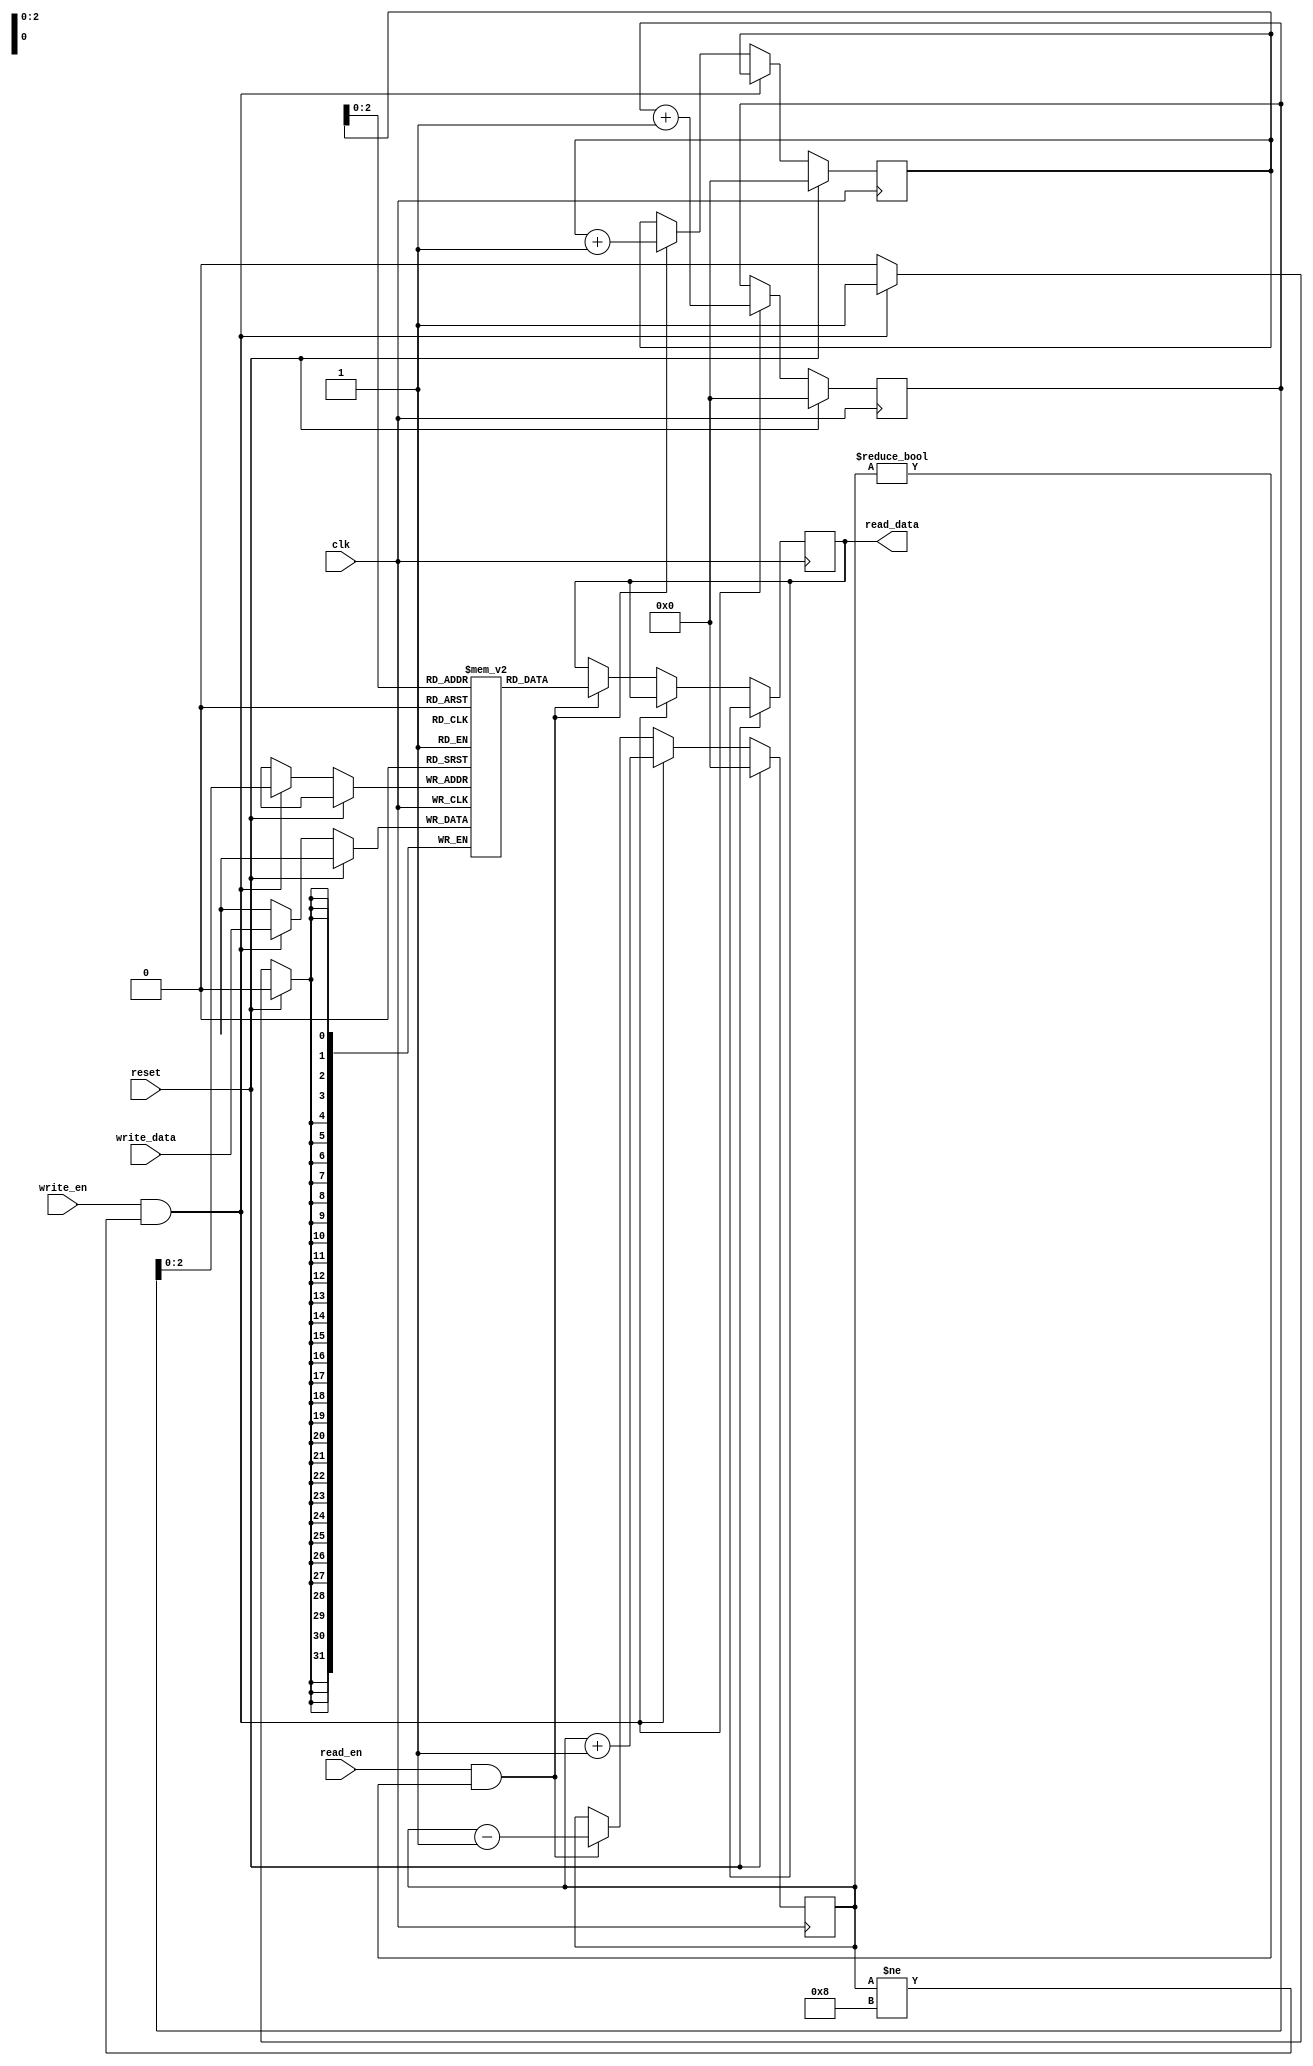
module fifo_buffer (
    input wire clk,
    input wire reset,
    input wire write_en,
    input wire [31:0] write_data,
    input wire read_en,
    output reg [31:0] read_data
);

// FIFO depth parameter
parameter FIFO_DEPTH = 8;

// FIFO buffer memory
reg [31:0] fifo_memory [0:FIFO_DEPTH-1];
reg [7:0] fifo_head = 0;
reg [7:0] fifo_tail = 0;
reg [7:0] fifo_count = 0;

// Timing control block
always @(posedge clk) begin
    if (reset) begin
        fifo_head <= 0;
        fifo_tail <= 0;
        fifo_count <= 0;
    end else if (write_en && fifo_count != FIFO_DEPTH) begin
        fifo_memory[fifo_tail] <= write_data;
        fifo_tail <= fifo_tail + 1;
        fifo_count <= fifo_count + 1;
    end else if (read_en && fifo_count != 0) begin
        read_data <= fifo_memory[fifo_head];
        fifo_head <= fifo_head + 1;
        fifo_count <= fifo_count - 1;
    end
end

// Synchronization block (flip-flops)
always @(posedge clk) begin
    if (!reset) begin
        // Insert synchronization logic here
    end
end

endmodule